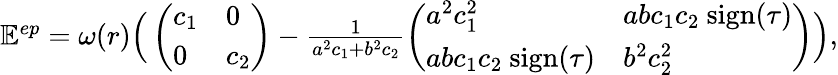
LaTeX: \begin{array}{r}{\mathbb E^{ep}=\omega(r)\Big(\left(\begin{array}{ll}{c_{1}}&{0}\\ {0}&{c_{2}}\end{array}\right)-\frac{1}{a^{2}c_{1}+b^{2}c_{2}}\left(\begin{array}{ll}{a^{2}c_{1}^{2}}&{abc_{1}c_{2}\mathrm{~sign}(\tau)}\\ {abc_{1}c_{2}\mathrm{~sign}(\tau)}&{b^{2}c_{2}^{2}}\end{array}\right)\Big),}\end{array}